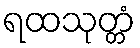
ရထသုတ္တံ